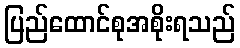
ပြည်ထောင်စုအစိုးရသည်